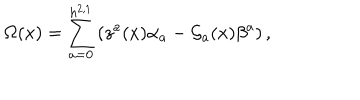
LaTeX: \Omega ( x ) = \sum _ { a = 0 } ^ { h ^ { 2 , 1 } } \left( z ^ { a } ( x ) \alpha _ { a } - { \cal G } _ { a } ( x ) \beta ^ { a } \right) ,